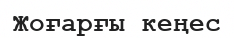
Жоғарғы кеңес